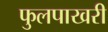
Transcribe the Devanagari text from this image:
फुलपाखरी